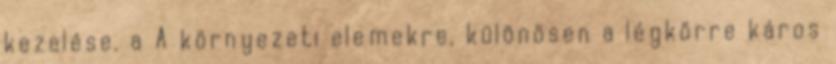
kezelése. a A környezeti elemekre, különösen a légkörre káros